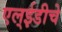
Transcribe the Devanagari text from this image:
एल्‌ईडीचे